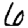
Digit: 6